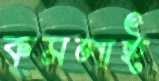
কমলাই